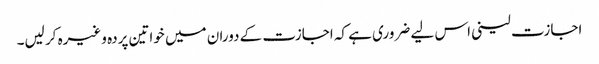
اجازت لینی اس لیے ضروری ہے کہ اجازت کے دوران میں خواتین پردہ وغیرہ کر لیں۔